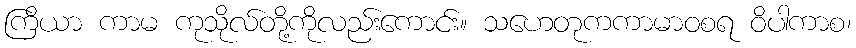
ကြိယာ ကာမ ကုသိုလ်တို့ကိုလည်းကောင်း။ သဟေတုကကာမာဝစရ ဝိပါကာစ၊